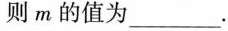
则m的值为___.